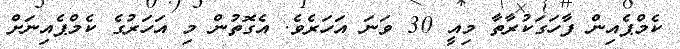
ކެމްޕެއިން ފާހަގަކުރާތާ މިއީ 30 ވަނަ އަހަރެވެ. އެގޮތުން މި އަހަރުގެ ކެމްޕެއިނަށް